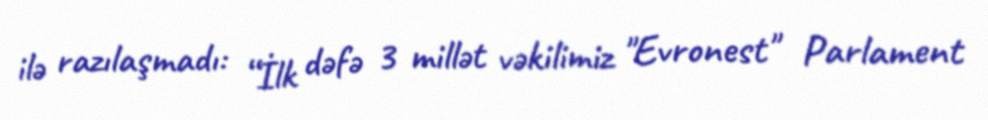
ilə razılaşmadı: “İlk dəfə 3 millət vəkilimiz "Evronest" Parlament